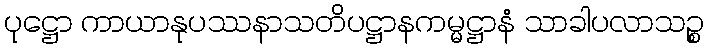
ပုဋ္ဌော ကာယာနုပဿနာသတိပဋ္ဌာနကမ္မဋ္ဌာနံ သာခါပလာသဉ္စ